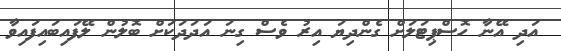
އަދި އޭނާ ހޮސްޕިޓަލަށް ގެންދިޔަ އިރު ވެސް ގިނަ އަދަދަކަށް ބޮލުން ލޭފައިބައިފައިވާ